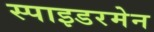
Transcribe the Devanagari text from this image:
स्पाइडरमेन